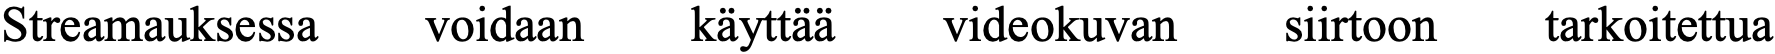
Streamauksessa voidaan käyttää videokuvan siirtoon tarkoitettua